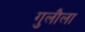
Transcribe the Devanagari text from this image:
गुलौला